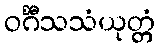
ဝင်္ဂီသသံယုတ္တံ